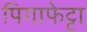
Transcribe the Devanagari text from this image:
पिगाफेट्टा